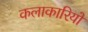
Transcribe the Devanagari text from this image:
कलाकारियों